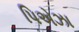
પિએઝા